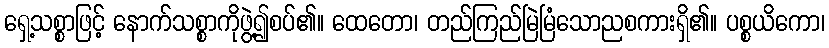
ရှေ့သစ္စာဖြင့် နောက်သစ္စာကိုဖွဲ့၍စပ်၏။ ထေတော၊ တည်ကြည်မြဲမြံသောညစကားရှိ၏။ ပစ္စယိကော၊